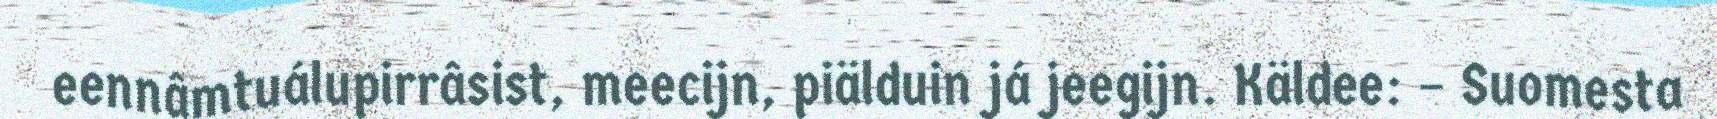
eennâmtuálupirrâsist, meecijn, piälduin já jeegijn. Käldee: – Suomesta